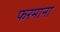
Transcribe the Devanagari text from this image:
फरमाना